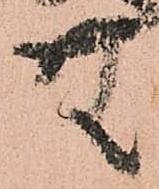
無